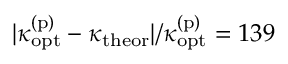
| \kappa _ { \mathrm { o p t } } ^ { \mathrm { ( p ) } } - \kappa _ { \mathrm { t h e o r } } | / \kappa _ { \mathrm { o p t } } ^ { \mathrm { ( p ) } } = 1 3 9 \